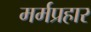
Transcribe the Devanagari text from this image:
मर्मप्रहार